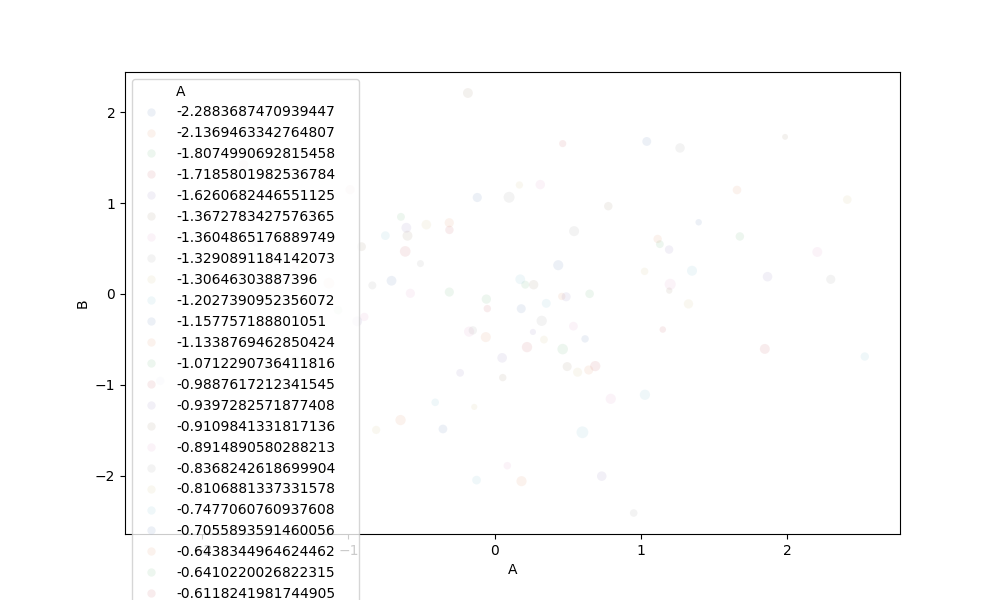
python, seaborn, scatterplot, hue='A', style='None', size='C', palette='deep', alpha=0.1